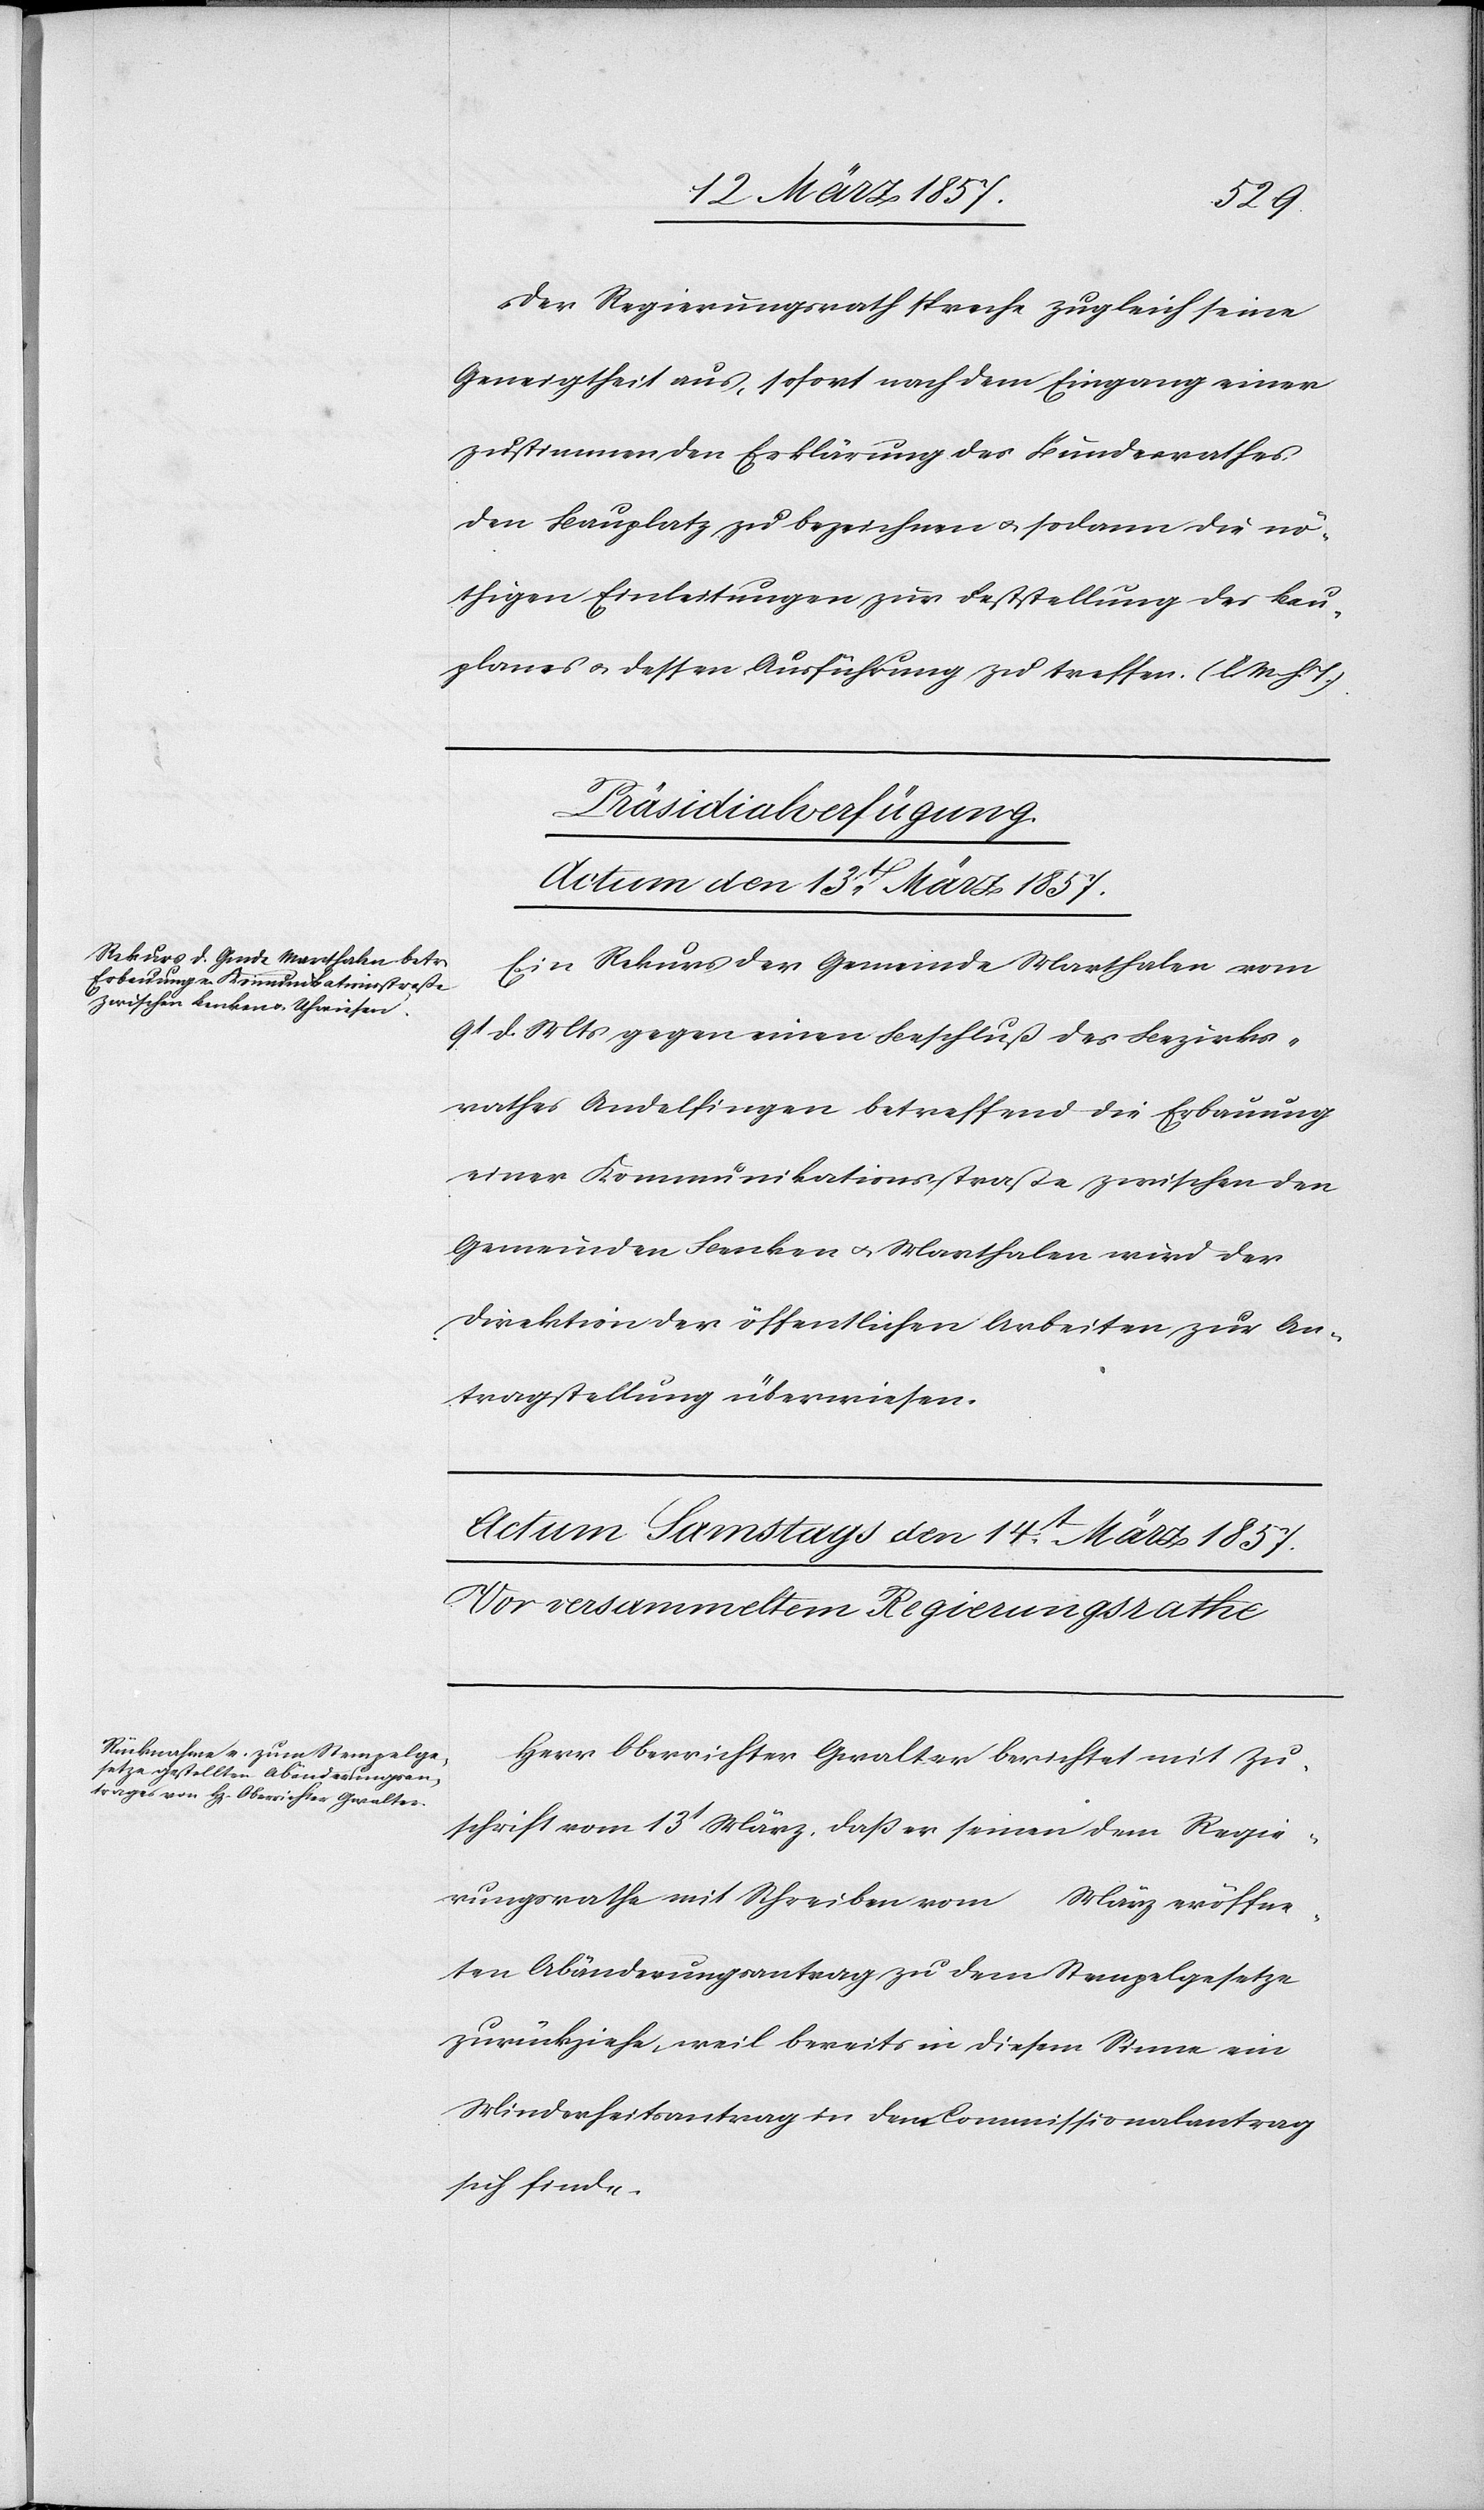
Der Regierungsrath spreche zugleich seine
Geneigtheit aus, sofort nach dem Eingang einer
zustimmenden Erklärung des Bundesrathes
den Bauplatz zu bezeichnen u. sodann die nö¬
thigen Einleitungen zur Feststellung des Bau¬
planes u. dessen Ausführung zu treffen. (l. M. h. T.)
Präsidialverfügung.
Actum den 13t März 1857.
Ein Rekurs der Gemeinde Marthalen vom
9t d. Mts gegen einen Beschluß des Bezirks¬
rathes Andelfingen betreffend die Erbauung
einer Kommunikationsstraße zwischen den
Gemeinden Benken u. Marthalen [sic!] wird der
Direktion der öffentlichen Arbeiten zur An¬
tragstellung überwiesen.
Herr Oberrichter Gwalter berichtet mit Zu¬
schrift vom 13t März, daß er seinen dem Regie¬
rungsrathe mit Schreiben vom […] März eröffne¬
ten Abänderungsantrag zu dem Stempelgesetze
zurückziehe, weil bereits in diesem Sinne ein
Minderheitsantrag in dem Commissionalantrag
sich finde.